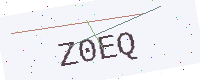
Text: Z0EQ